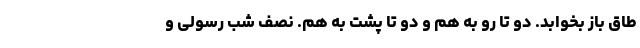
طاق باز بخوابد. دو تا رو به هم و دو تا پشت به هم. نصف شب رسولی و